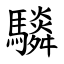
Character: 䮼